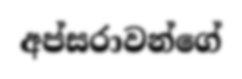
අප්සරාවන්ගේ